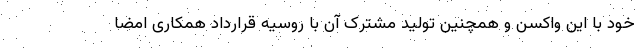
خود با این واکسن و همچنین تولید مشترک آن با روسیه قرارداد همکاری امضا